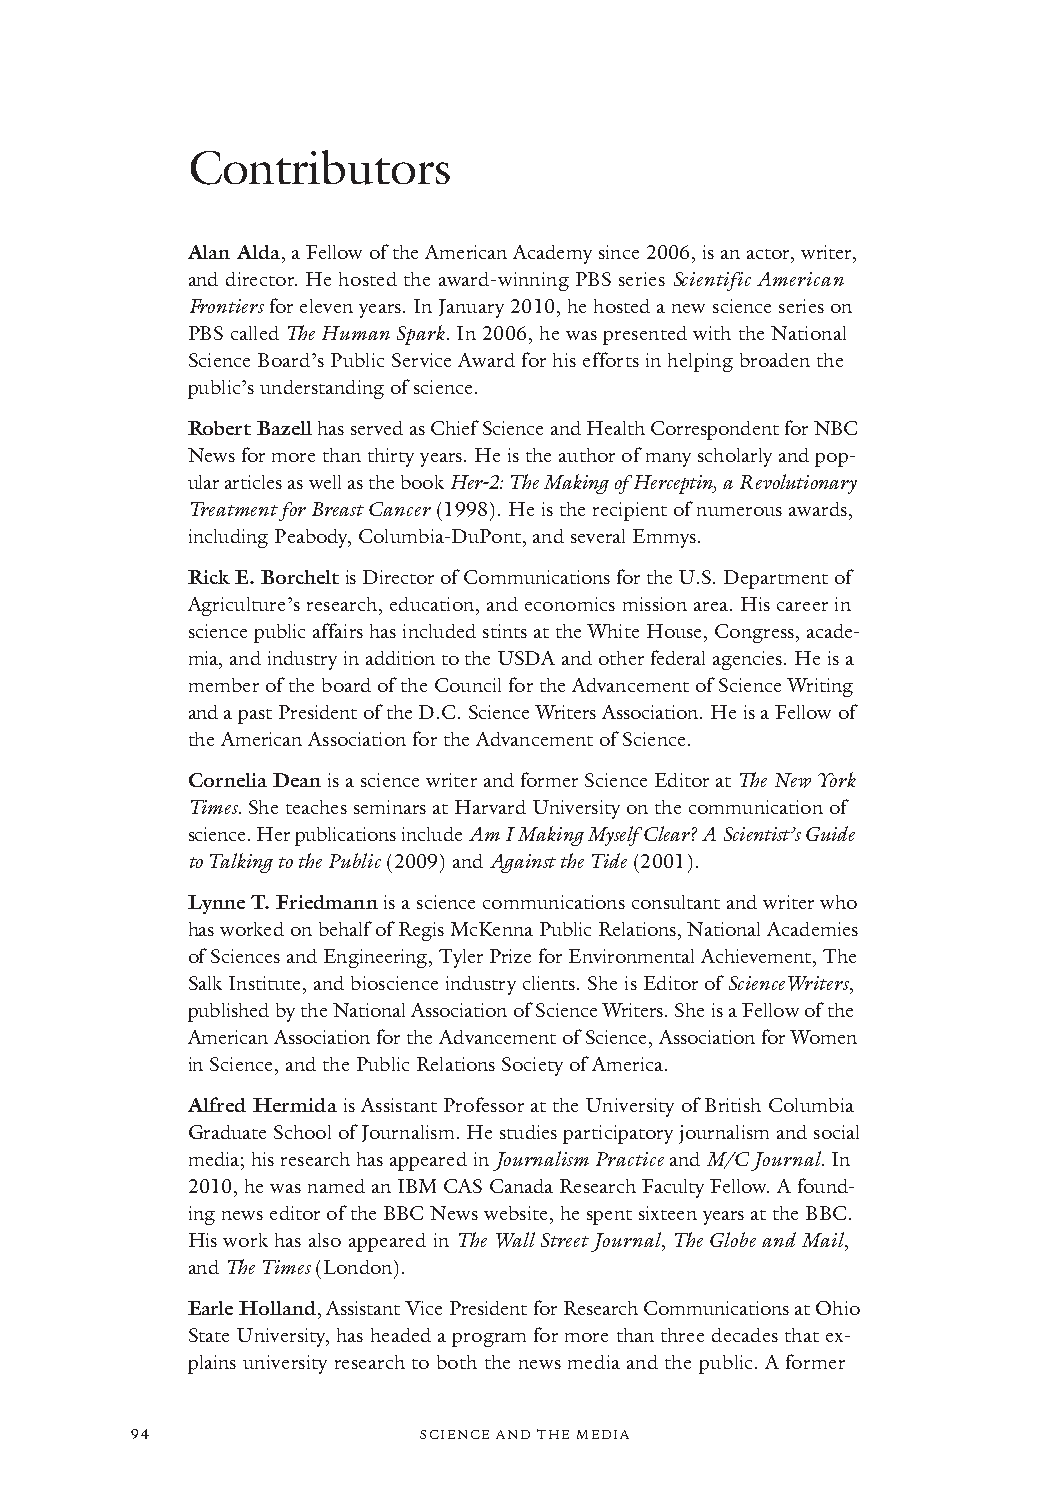
Contributors
 Alan Alda, a Fellow of the American Academy since 2006, is an actor, writer,
 and director. He hosted the award-winning PBS series Scientific American
 Frontiersfor eleven years. In January 2010, he hosted a new science series on
 PBS called The Human Spark. In 2006, he was presented with the National
 Science Board’s Public Service Award for his efforts in helping broaden the
 public’sunderstanding of science.
 Robert Bazellhas served as Chief Science and Health Correspondent for NBC
 News for more than thirty years. He is the author of many scholarly and pop-
 ular articles as well as the bookHer-2: The Making of Herceptin, a Revolutionary
 Treatment for Breast Cancer(1998). He is the recipient of numerous awards,
 including Peabody, Columbia-DuPont,and several Emmys.
 Rick E. Borcheltis Director of Communications for the U.S. Department of
 Agriculture’s research, education, and economics mission area. His career in
 science public affairs has included stints at the White House, Congress, acade-
 mia, and industry in addition to the USDA and other federal agencies. He is a
 member of the board of the Council for the Advancement of Science Writing
 and a past President of the D.C. Science Writers Association. He is a Fellow of
 the American Association for the Advancement of Science.
 Cornelia Deanis a science writer and former Science Editor at The New York
 Times.She teaches seminars at Harvard University on the communication of
 science. Her publications include Am I Making Myself Clear? A Scientist’s Guide
 to Talking to the Public(2009) and Against the Tide(2001).
 Lynne T. Friedmannis a science communications consultant and writer who
 has worked on behalf of Regis McKenna Public Relations, National Academies
 of Sciences and Engineering, Tyler Prize for Environmental Achievement, The
 Salk Institute, and bioscience industry clients. She is Editor of ScienceWriters,
 published by the National Association of Science Writers. She is a Fellow of the
 American Association for the Advancement of Science, Association for Women
 in Science, and the Public Relations Society of America.
 Alfred Hermida is Assistant Professor at the University of British Columbia
 Graduate School of Journalism.He studies participatory journalism and social
 media; his research has appeared in Journalism Practiceand M/C Journal.In
 2010, he was named an IBM CAS Canada Research Faculty Fellow. A found-
 ing news editor of the BBC News website, he spent sixteen years at the BBC.
 His work has also appeared in The Wall Street Journal, The Globe and Mail,
 and The Times (London).
 Earle Holland, Assistant Vice President for Research Communications at Ohio
 State University, has headed a program for more than three decadesthat ex-
 plains university research to both the news media and the public. A former
 94                 SSCCIIEENNCCEE AANNDD TTHHEE MMEEDDIIAA